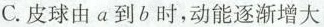
C.皮球由a到b时，动能逐渐增大